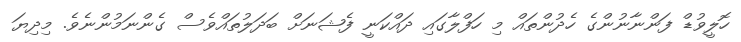
ހޮލީވުޑް ފަންނާނުންގެ ހެދުންތައް މި ހަފްލާގައި ދަައްކަނީ ފެޝަނަށް ބަދަލުތައްވެސް ގެންނަމުންނެވެ. މިދިޔަ